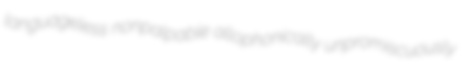
languageless nonpalpable allophonically unpromiscuously